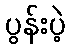
ပွန်းပဲ့